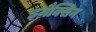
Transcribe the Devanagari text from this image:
इमैक्सिन